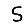
Digit: 5